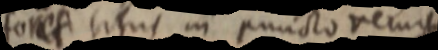
forca situs in puncto rem _